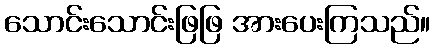
သောင်းသောင်းဖြဖြ အားပေးကြသည်။